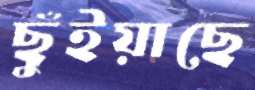
ছুঁইয়াছে